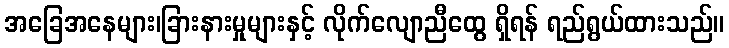
အခြေအနေများ၊ခြားနားမှုများနှင့် လိုက်လျောညီထွေ ရှိရန် ရည်ရွယ်ထားသည်။